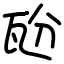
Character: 瓰